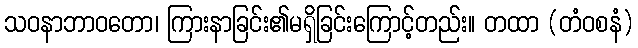
သဝနာဘာဝတော၊ ကြားနာခြင်း၏မရှိခြင်းကြောင့်တည်း။ တထာ (တံဝစနံ)